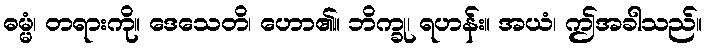
ဓမ္မံ၊ တရားကို။ ဒေသေတိ၊ ဟော၏။ ဘိက္ခု၊ ရဟန်း။ အယံ၊ ဤအခါသည်။